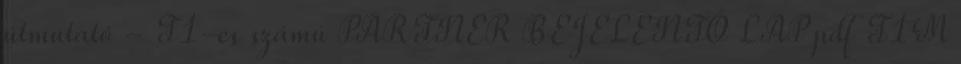
útmutató - T1-es számú PARTNER BEJELENTŐ LAP pdf T1M